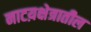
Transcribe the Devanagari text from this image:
नाटय़क्षेत्रातील